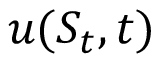
u ( S _ { t } , t )